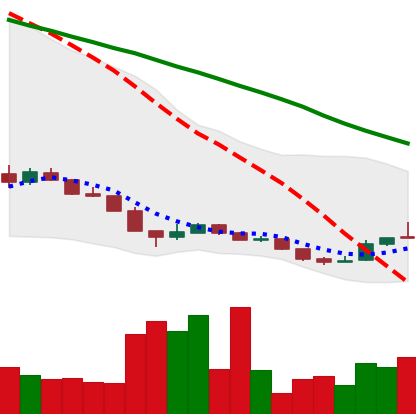
Ticker: XLM-USD
Chart end date: 2018-12-19
Forward return: 15.996%
Label: up_7plus